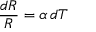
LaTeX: { \frac { d R } { R } } = \alpha \, d T